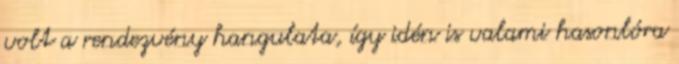
volt a rendezvény hangulata, így idén is valami hasonlóra